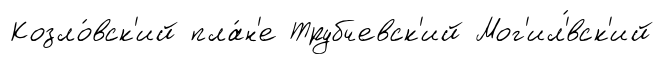
Козло́вск'ий пла́н'е Трубчевск'ий Мог'ил'́вск'ий